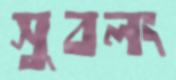
সুবলং